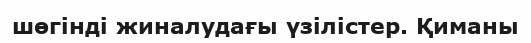
шөгінді жиналудағы үзілістер. Қиманы